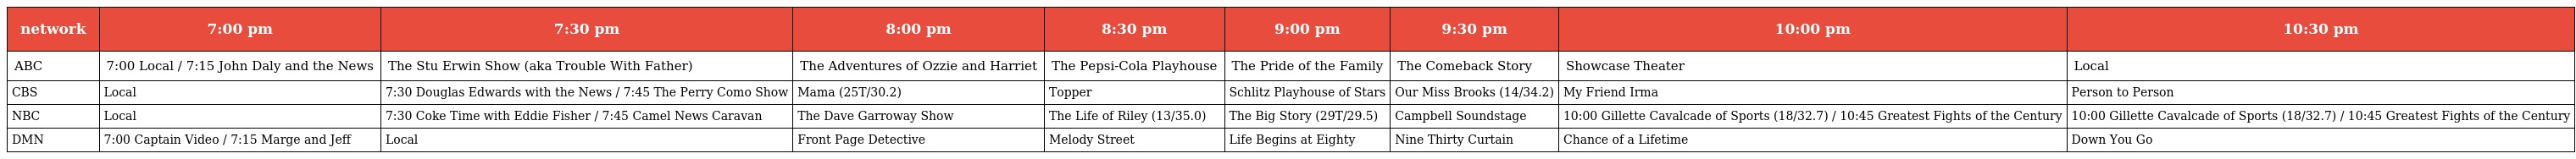
| network | 7:00 pm | 7:30 pm | 8:00 pm | 8:30 pm | 9:00 pm | 9:30 pm | 10:00 pm | 10:30 pm |
 | --- | --- | --- | --- | --- | --- | --- | --- | --- |
 | ABC | 7:00 Local / 7:15 John Daly and the News | The Stu Erwin Show (aka Trouble With Father) | The Adventures of Ozzie and Harriet | The Pepsi-Cola Playhouse | The Pride of the Family | The Comeback Story | Showcase Theater | Local |
 | CBS | Local | 7:30 Douglas Edwards with the News / 7:45 The Perry Como Show | Mama (25T/30.2) | Topper | Schlitz Playhouse of Stars | Our Miss Brooks (14/34.2) | My Friend Irma | Person to Person |
 | NBC | Local | 7:30 Coke Time with Eddie Fisher / 7:45 Camel News Caravan | The Dave Garroway Show | The Life of Riley (13/35.0) | The Big Story (29T/29.5) | Campbell Soundstage | 10:00 Gillette Cavalcade of Sports (18/32.7) / 10:45 Greatest Fights of the Century | 10:00 Gillette Cavalcade of Sports (18/32.7) / 10:45 Greatest Fights of the Century |
 | DMN | 7:00 Captain Video / 7:15 Marge and Jeff | Local | Front Page Detective | Melody Street | Life Begins at Eighty | Nine Thirty Curtain | Chance of a Lifetime | Down You Go |